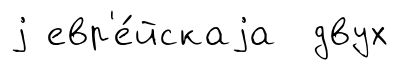
j евр'е́йскаjа двух